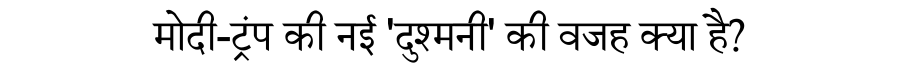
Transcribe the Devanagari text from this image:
मोदी-ट्रंप की नई 'दुश्मनी' की वजह क्या है?